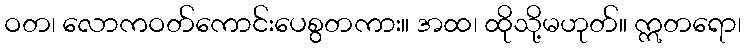
ဝတ၊ လောကဝတ်ကောင်းပေစွတကား။ အထ၊ ထိုသို့မဟုတ်။ ဣတရော၊